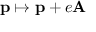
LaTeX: \mathbf { p } \mapsto \mathbf { p } + e \mathbf { A }